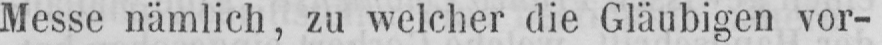
Messe nämlich, zu welcher die Gläubigen vor-